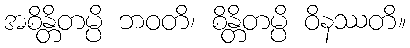
အစိန္တိတမ္ပိ ဘဝတိ၊ စိန္တိတမ္ပိ ဝိနဿတိ။